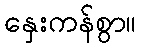
နှေးကန်စွာ။